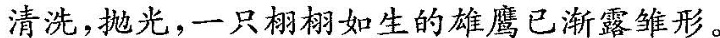
清洗，抛光，一只栩栩如生的雄鹰已渐露雏形